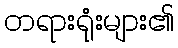
တရားရုံးများ၏